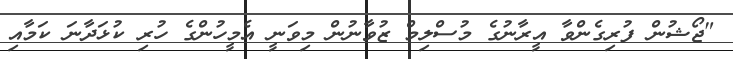
"ޖޯޝުން ފުރިގެންވާ އީރާނުގެ މުސްލިމް ޒުވާނުން މިވަނީ އެމީހުންގެ ހުރި ކުޅަދާނަ ކަމާއި